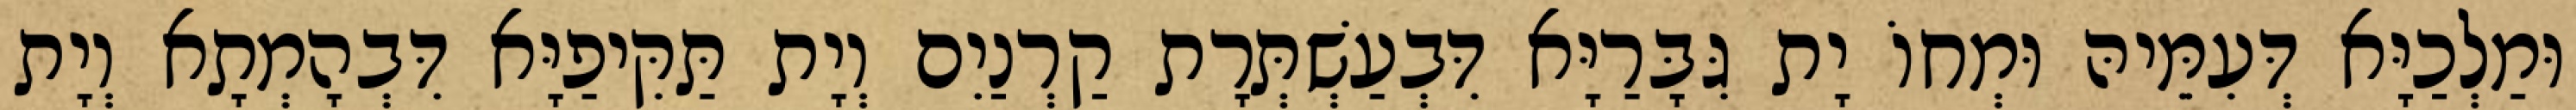
וּמַלְכַיָּא דְּעִמֵּיהּ וּמְחוֹ יָת גִּבָּרַיָּא דִּבְעַשְׁתְּרָת קַרְנַיִם וְיָת תַּקִּיפַיָּא דִּבְהָמְתָא וְיָת